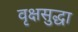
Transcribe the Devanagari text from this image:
वृक्षसुद्धा